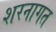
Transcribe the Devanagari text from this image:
शरनागत